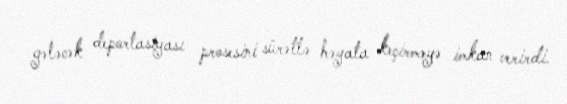
gələcək deportasiyası prosesini sürətlə həyata keçirməyə imkan verirdi.